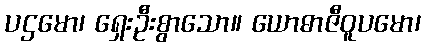
ပဌမော၊ ရှေးဦးစွာသော။ ယောဓာဇီဝူပမော၊